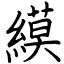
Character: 縸